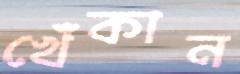
খেঁকান